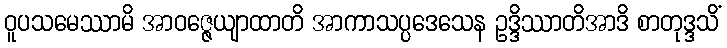
ဝူပသမေဿာမိ အာဝဇ္ဇေယျာထာတိ အာကာသပ္ပဒေသေန ဥဒ္ဒိဿာတိအာဒိ စာတုဒ္ဒသိံ